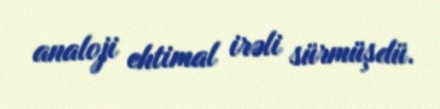
analoji ehtimal irəli sürmüşdü.